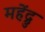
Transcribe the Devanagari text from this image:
महेंद्रु